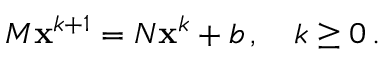
M \mathbf { x } ^ { k + 1 } = N \mathbf { x } ^ { k } + b \, , \quad k \geq 0 \, .